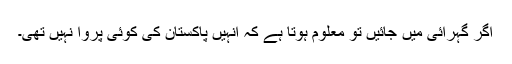
اگر گہرائی میں جائیں تو معلوم ہوتا ہے کہ انہیں پاکستان کی کوئی پروا نہیں تھی۔